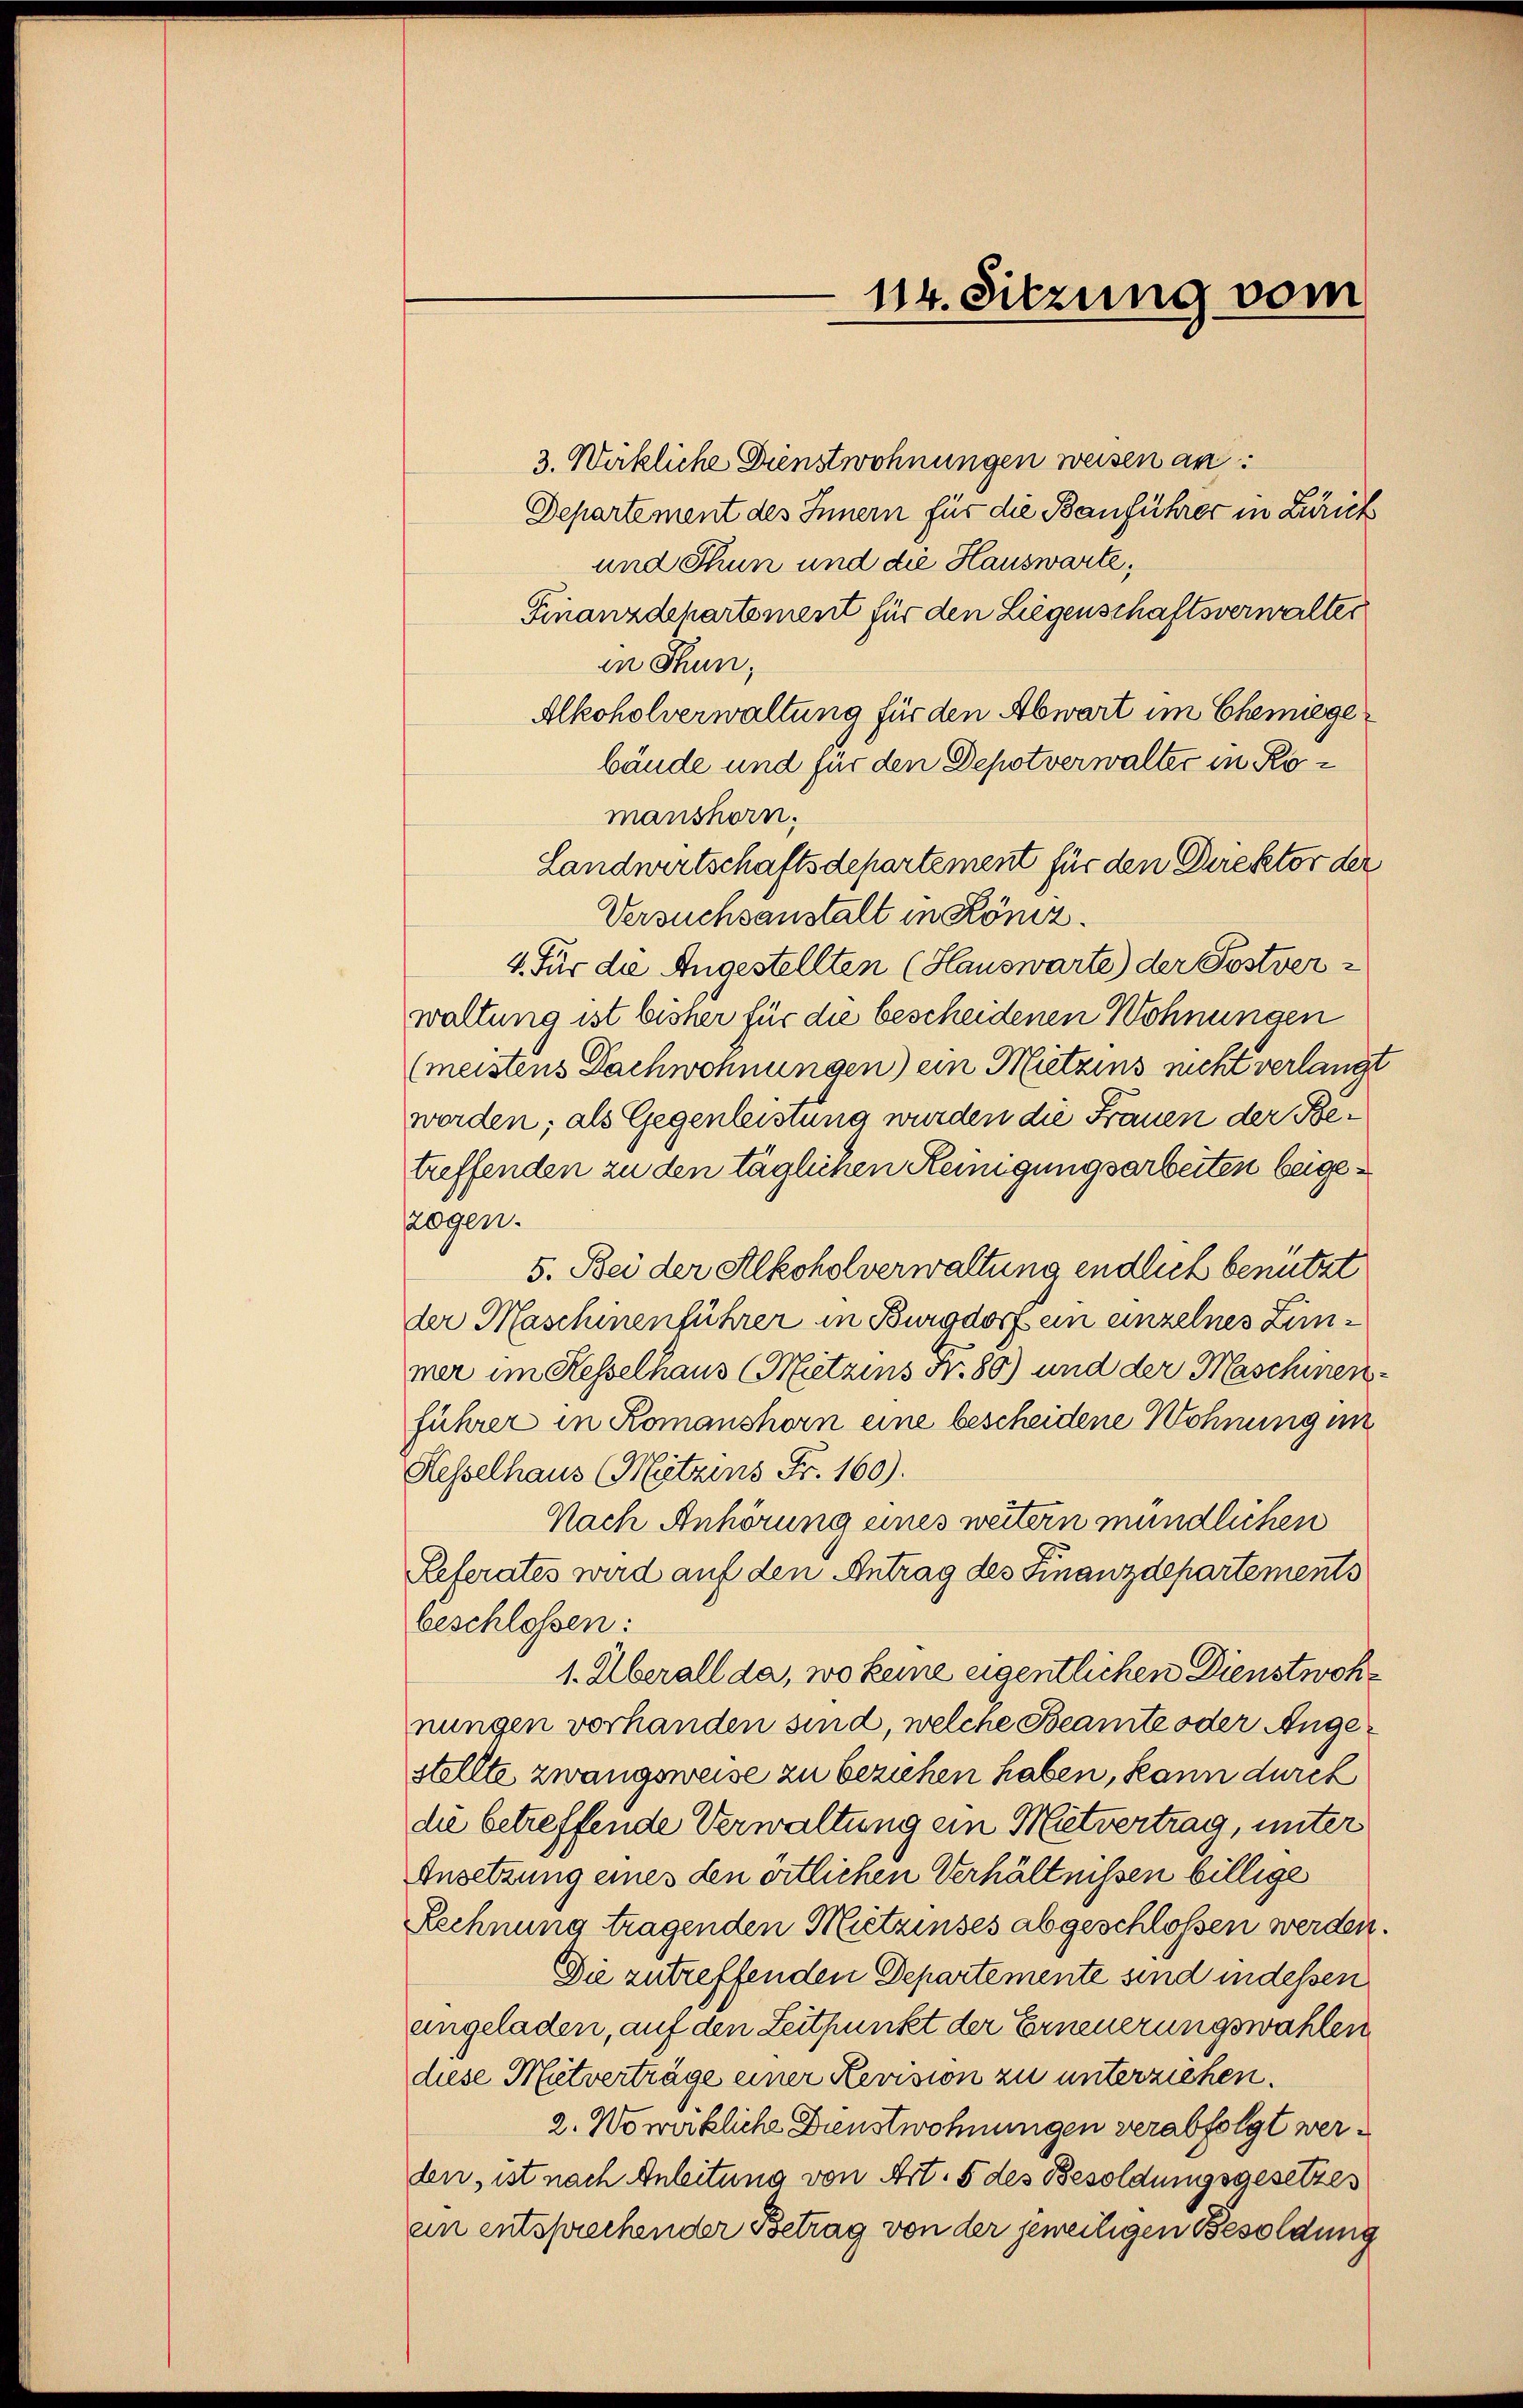
3. Wirkliche Dienstwohnungen weisen an:
Departement des Innern für die Bauführer in Zürich
und Thun und die Hauswarte,
Finanzdepartement für den Liegenschaftsverwalter
in Thun,
Alkoholverwaltung für den Abwart im Chemiege
bände und für den Depotverwalter in Romanshorn.
Landwirtschaftsdepartement für den Direktor der
Versuchsanstalt in Köniz.
4. Für die Angestellten (Hauswarte) der Postver-
waltung ist bisher für die bescheidenen Wohnungen
(meistens Dachwohnungen) ein Mietzins nicht verlangt
werden; als Gegenleistung wurden die Frauen der Betreffenden zu den täglichen Keinigungsarbeiten beigezogen.
5. Bei der Alkoholverwaltung endlich benutzt
der Maschinenführer in Burgdorf ein einzelnes Zimmer im Kesselhaus (Mitzins Nr. 80) und der Maschinen
führer in Romanshorn eine bescheidene Wohnung in
Hesselhaus (Mitzins Fr. 160).
Nach Anhörung eines weitern mündlichen
Referates wird auf den Antrag des Finanzdepartements
beschlossen:
1. Überall da, wo keine eigentlichen Dienstwohnungen vorhanden sind, welche Beamte oder Angestellte zwangsweise zu beziehen haben, kann durch
die betreffende Verwaltung ein Mitvertrag, unter
Ansetzung eines den örtlichen Verhältnissen billige
Rechnung tragenden Mitzinses abgeschlossen werden.
Die zutreffenden Departemente sind indessen
angeladen, auf den Zeitpunkt der Erneuerungswahlen
diese Mitverträge einer Revision zu unterziehen.
2. Wo wirkliche Dienstwohnungen verabfolgt werden, ist nach Anleitung von Art. 5 des Besoldungsgesetzes
ein entsprechender Betrag von der jeweiligen Besoldung

114. Sitzung vom